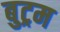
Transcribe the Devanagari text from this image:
बुट्रम